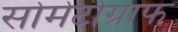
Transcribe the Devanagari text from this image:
सोमेटोग्राफ